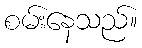
စမ်းနေသည်။